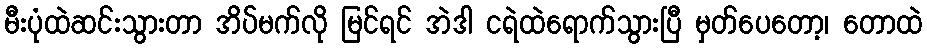
မီးပုံထဲဆင်းသွားတာ အိပ်မက်လို မြင်ရင် အဲဒါ ငရဲထဲရောက်သွားပြီ မှတ်ပေတော့၊ တောထဲ